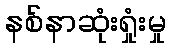
နစ်နာဆုံးရှုံးမှု